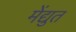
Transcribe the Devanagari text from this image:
मेंद्युत